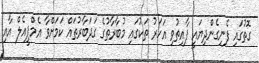
ގޮތުގައި ފެނިގެންދިޔައީ ފާއިތުވި އަހަރު ތަކުގައި މުބާރާތުގެ ގަދަބާރުތައް ކަމަށްވާ އެމްޕީއެލް އާއި